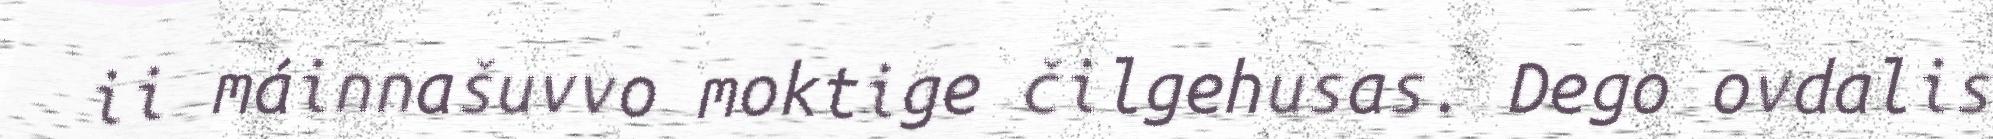
ii máinnašuvvo moktige čilgehusas. Dego ovdalis